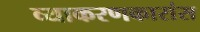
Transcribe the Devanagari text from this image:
व्याकरणकारांस